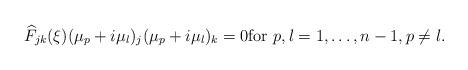
LaTeX: \begin{align*}\widehat{F}_{jk}(\xi)(\mu_p+ i\mu_l)_{j}(\mu_p+ i\mu_l)_{k} = 0 \mbox{for } p,l=1,\dots,n-1, p\neq l.\end{align*}